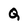
Character: Q